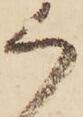
く